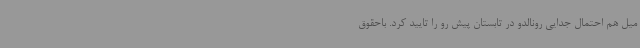
میل هم احتمال جدایی رونالدو در تابستان پیش رو را تایید کرد. باحقوق